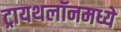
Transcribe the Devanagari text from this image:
ट्रायथलॉनमध्ये